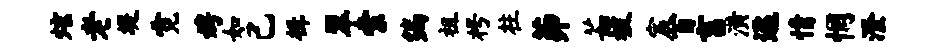
炫老堤霓娉如己楫翠索编祖枵柱茆茹被宸百畜潢逐情惘澄